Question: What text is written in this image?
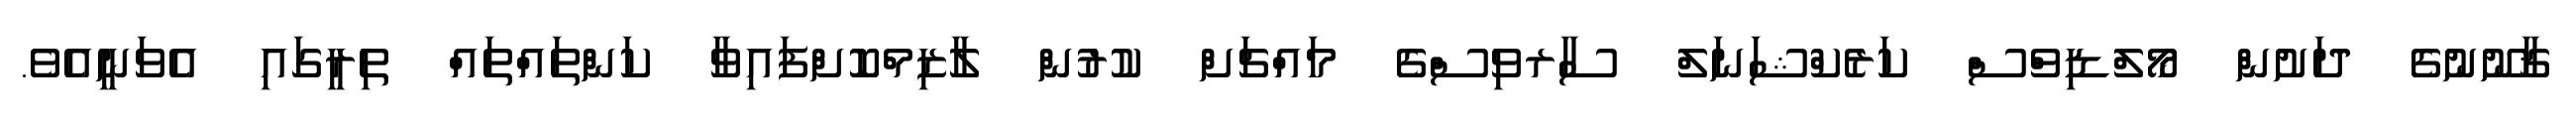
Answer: ޤާނޫނުގެ ދަށުން މޯލްޑިވްސް ކަރެކްޝަނަލް ސާރވިސްގެ މައްޗަށް ކުރުން ލާޒިމްކޮށްފައިވާ ކަންތައްތައް ތިރީގައި އެވަނީއެވެ.